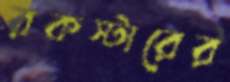
রকস্টারের